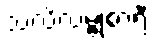
သလိလမ္ဗုစာရီ